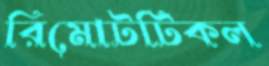
রিমোটটিকল